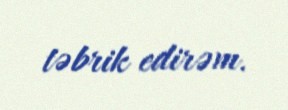
təbrik edirəm.